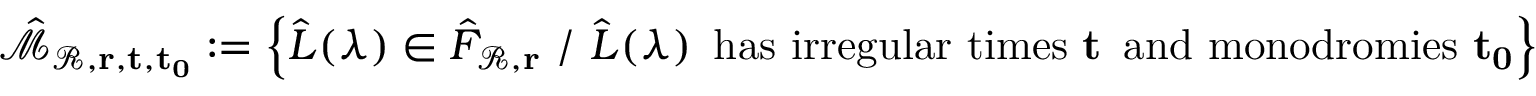
\hat { \mathcal { M } } _ { \mathcal { R } , \mathbf { r } , \mathbf { t } , \mathbf { t _ { 0 } } } : = \left\{ \hat { L } ( \lambda ) \in \hat { F } _ { \mathcal { R } , \mathbf { r } } \, \, / \, \, \hat { L } ( \lambda ) \, \mathrm { ~ h a s ~ i r r e g u l a r ~ t i m e s ~ } \mathbf { t } \, \mathrm { ~ a n d ~ m o n o d r o m i e s ~ } \mathbf { t _ { 0 } } \right\}